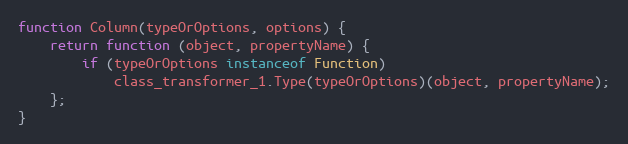
Language: JavaScript
function Column(typeOrOptions, options) {
    return function (object, propertyName) {
        if (typeOrOptions instanceof Function)
            class_transformer_1.Type(typeOrOptions)(object, propertyName);
    };
}